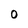
Character: 0